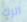
اترك